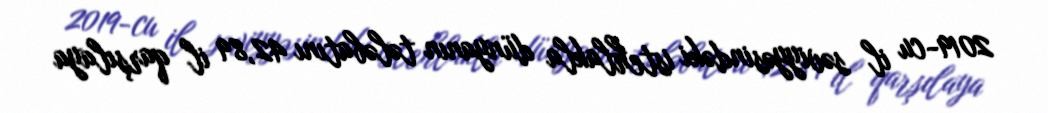
2019-cu il səviyyəsindəki istehlakla dünyanın tələbatını 42,89 il qarşılaya